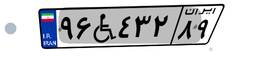
۹۶W۴۳۲۸۹